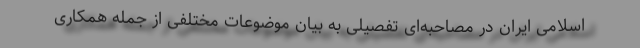
اسلامی ایران در مصاحبه‌ای تفصیلی به بیان موضوعات مختلفی از جمله همکاری